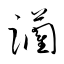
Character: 躪